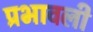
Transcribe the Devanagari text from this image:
प्रभावली